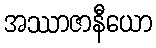
အဿာဇာနီယော